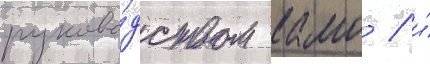
руково́дством камо / и́